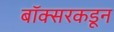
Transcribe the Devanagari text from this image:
बॉक्सरकडून